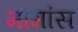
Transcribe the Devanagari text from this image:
मागांस